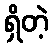
ရှိတဲ့